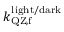
k _ { \mathrm { Q Z , f } } ^ { \mathrm { l i g h t / d a r k } }